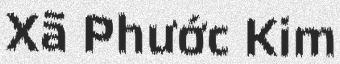
Xã Phước Kim